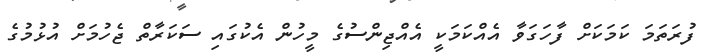
ފުރަތަމަ ކަމަކަށް ފާހަގަވާ އެއްކަމަކީ އެއްޖިންސުގެ މީހުން އެކުގައި ސަކަރާތް ޖެހުމަށް އުޅުމުގެ